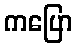
ကပြော